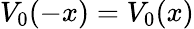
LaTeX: V_{0}(-x)=V_{0}(x)